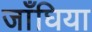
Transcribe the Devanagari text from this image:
जाँघिया